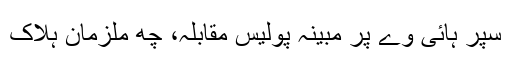
سپر ہائی وے پر مبینہ پولیس مقابلہ، چھ ملزمان ہلاک